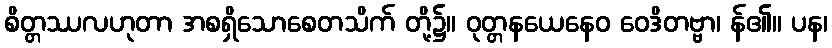
စိတ္တဿလဟုတာ အစရှိသောစေတသိက် တို့၌။ ဝုတ္တနယေနေဝ ဝေဒိတဗ္ဗာ၊ န်၏။ ပန၊